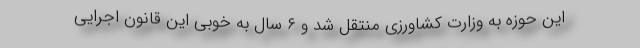
این حوزه به وزارت کشاورزی منتقل شد و ۶ سال به خوبی این قانون اجرایی